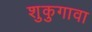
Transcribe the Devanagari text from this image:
शुकुगावा